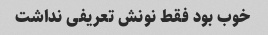
خوب بود فقط نونش تعریفی نداشت